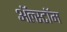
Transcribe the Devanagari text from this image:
ॲल्स्टॉम